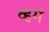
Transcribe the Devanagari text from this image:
व्हगं